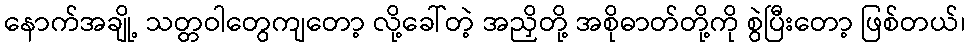
နောက်အချို့ သတ္တဝါတွေကျတော့ လို့ခေါ်တဲ့ အညှိတို့ အစိုဓာတ်တို့ကို စွဲပြီးတော့ ဖြစ်တယ်၊